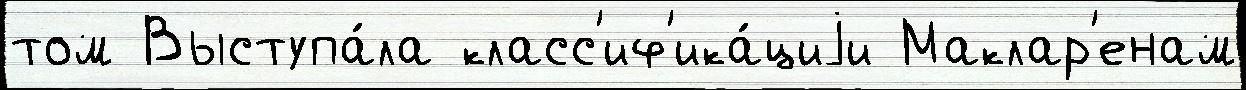
том Выступа́ла класс'иф'ика́циjи Маклар'енам